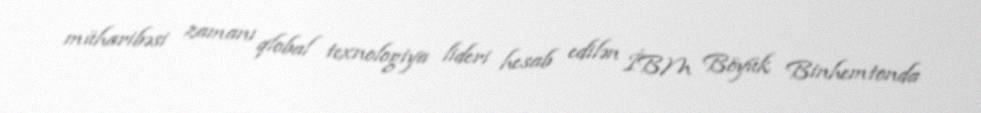
müharibəsi zamanı qlobal texnologiya lideri hesab edilən İBM Böyük Binhemtonda